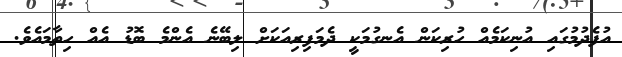
އުފެދުމުގައި އުނިކަމެއް ހުރިކަން އެނގުމަކީ ދެމަފިރިއަކަށް ލިބޭނެ އެންމެ ބޮޑު އެއް ހިތާމައެވެ.